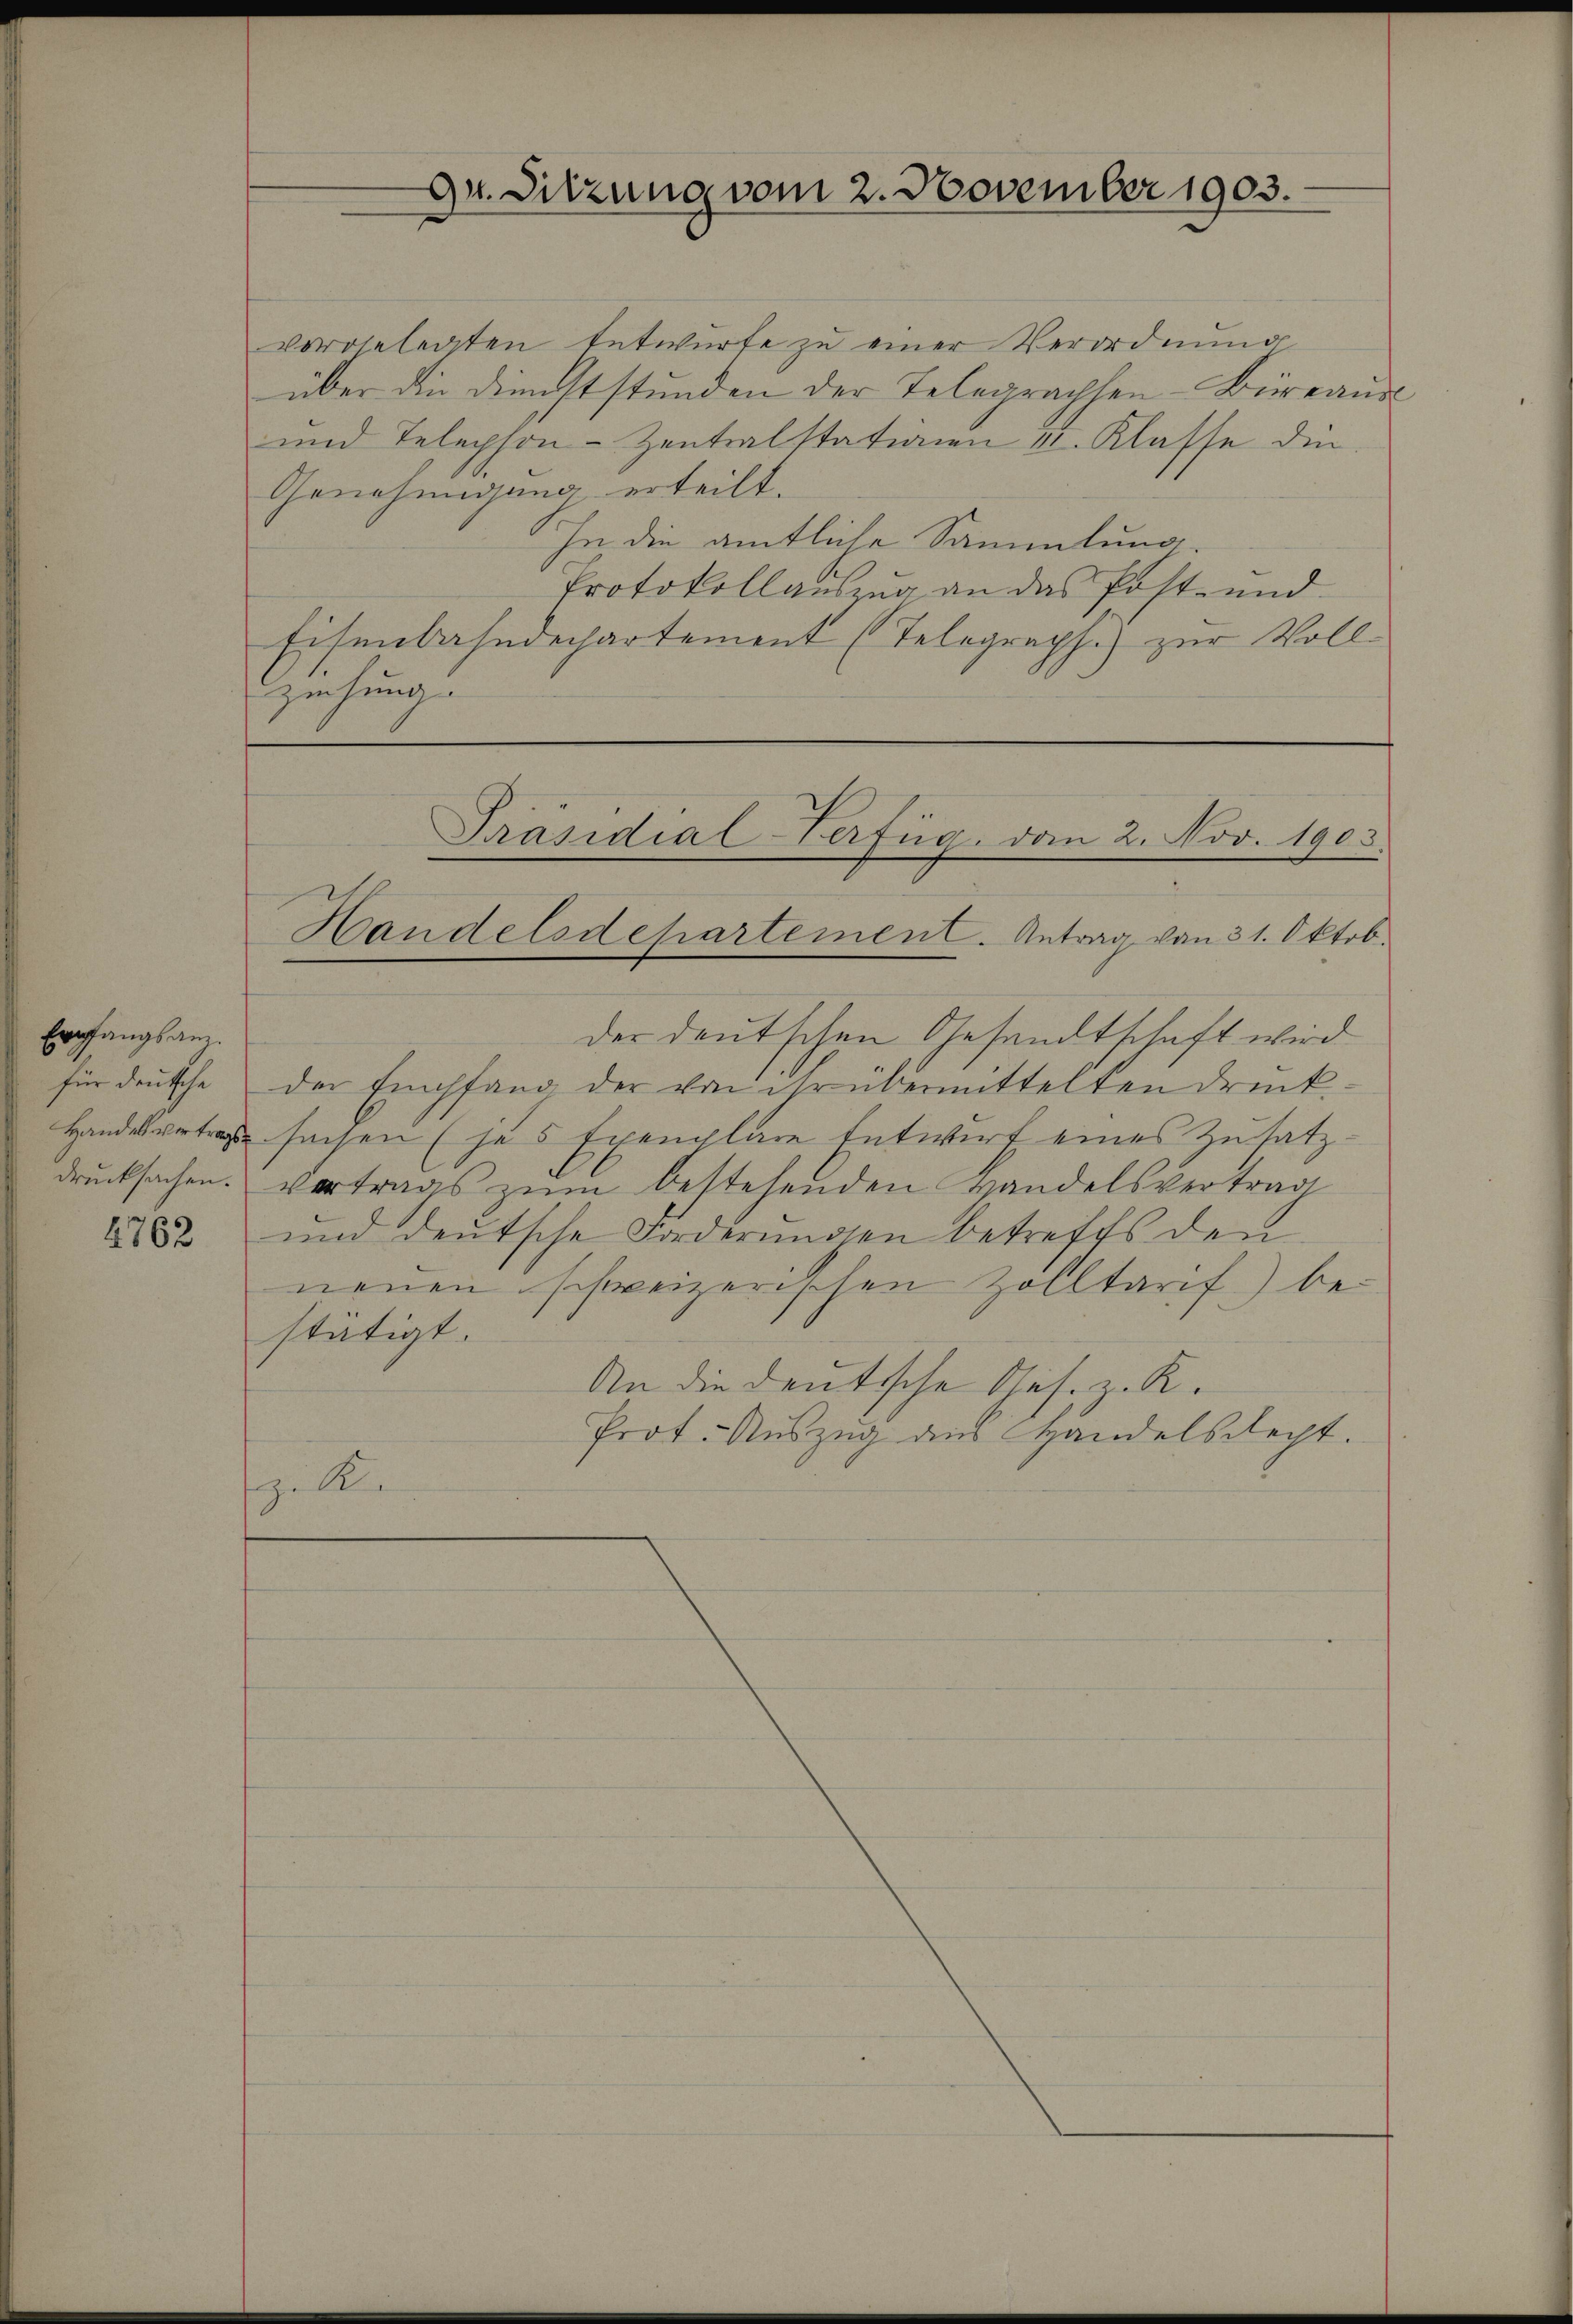
Empfangsam.
für deutsche
Handesvertrags

4762

vorgelegten Entwurfe zu einer Verordnung
über die Dienststunden der Telegraphen-Büreaŭs
und Telephon-Zentralstationen II. Klasse die
Genehmigung erteilt.
hn die amtliche Sammlung
Protokollauszug an das Post- und
Eisenbahndechartement (Telegraph.) zur Vollziehung.

Dr. Sitzung vom 2. November 1903.

Präsidial-Verfüg, den 2. Nov. 1903.
Handelsdepartement. Antrag von 31. Oktob.

der deutschen Gesandtschaft wird
der Empfang der von ihr übermittelten Drucksachen (je 5 Exemplare Entwurf eines Zusatzdrŭcksachen. Vertrags zŭm bestehenden Handelsvertrag
und deutsche Forderungen betreffs den
neuen schweizerischen Zolltarif) bestätigt.
An die deutsche Res. z. R.
Prot. Auszug aus Handelsrecht.
zu K